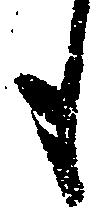
も